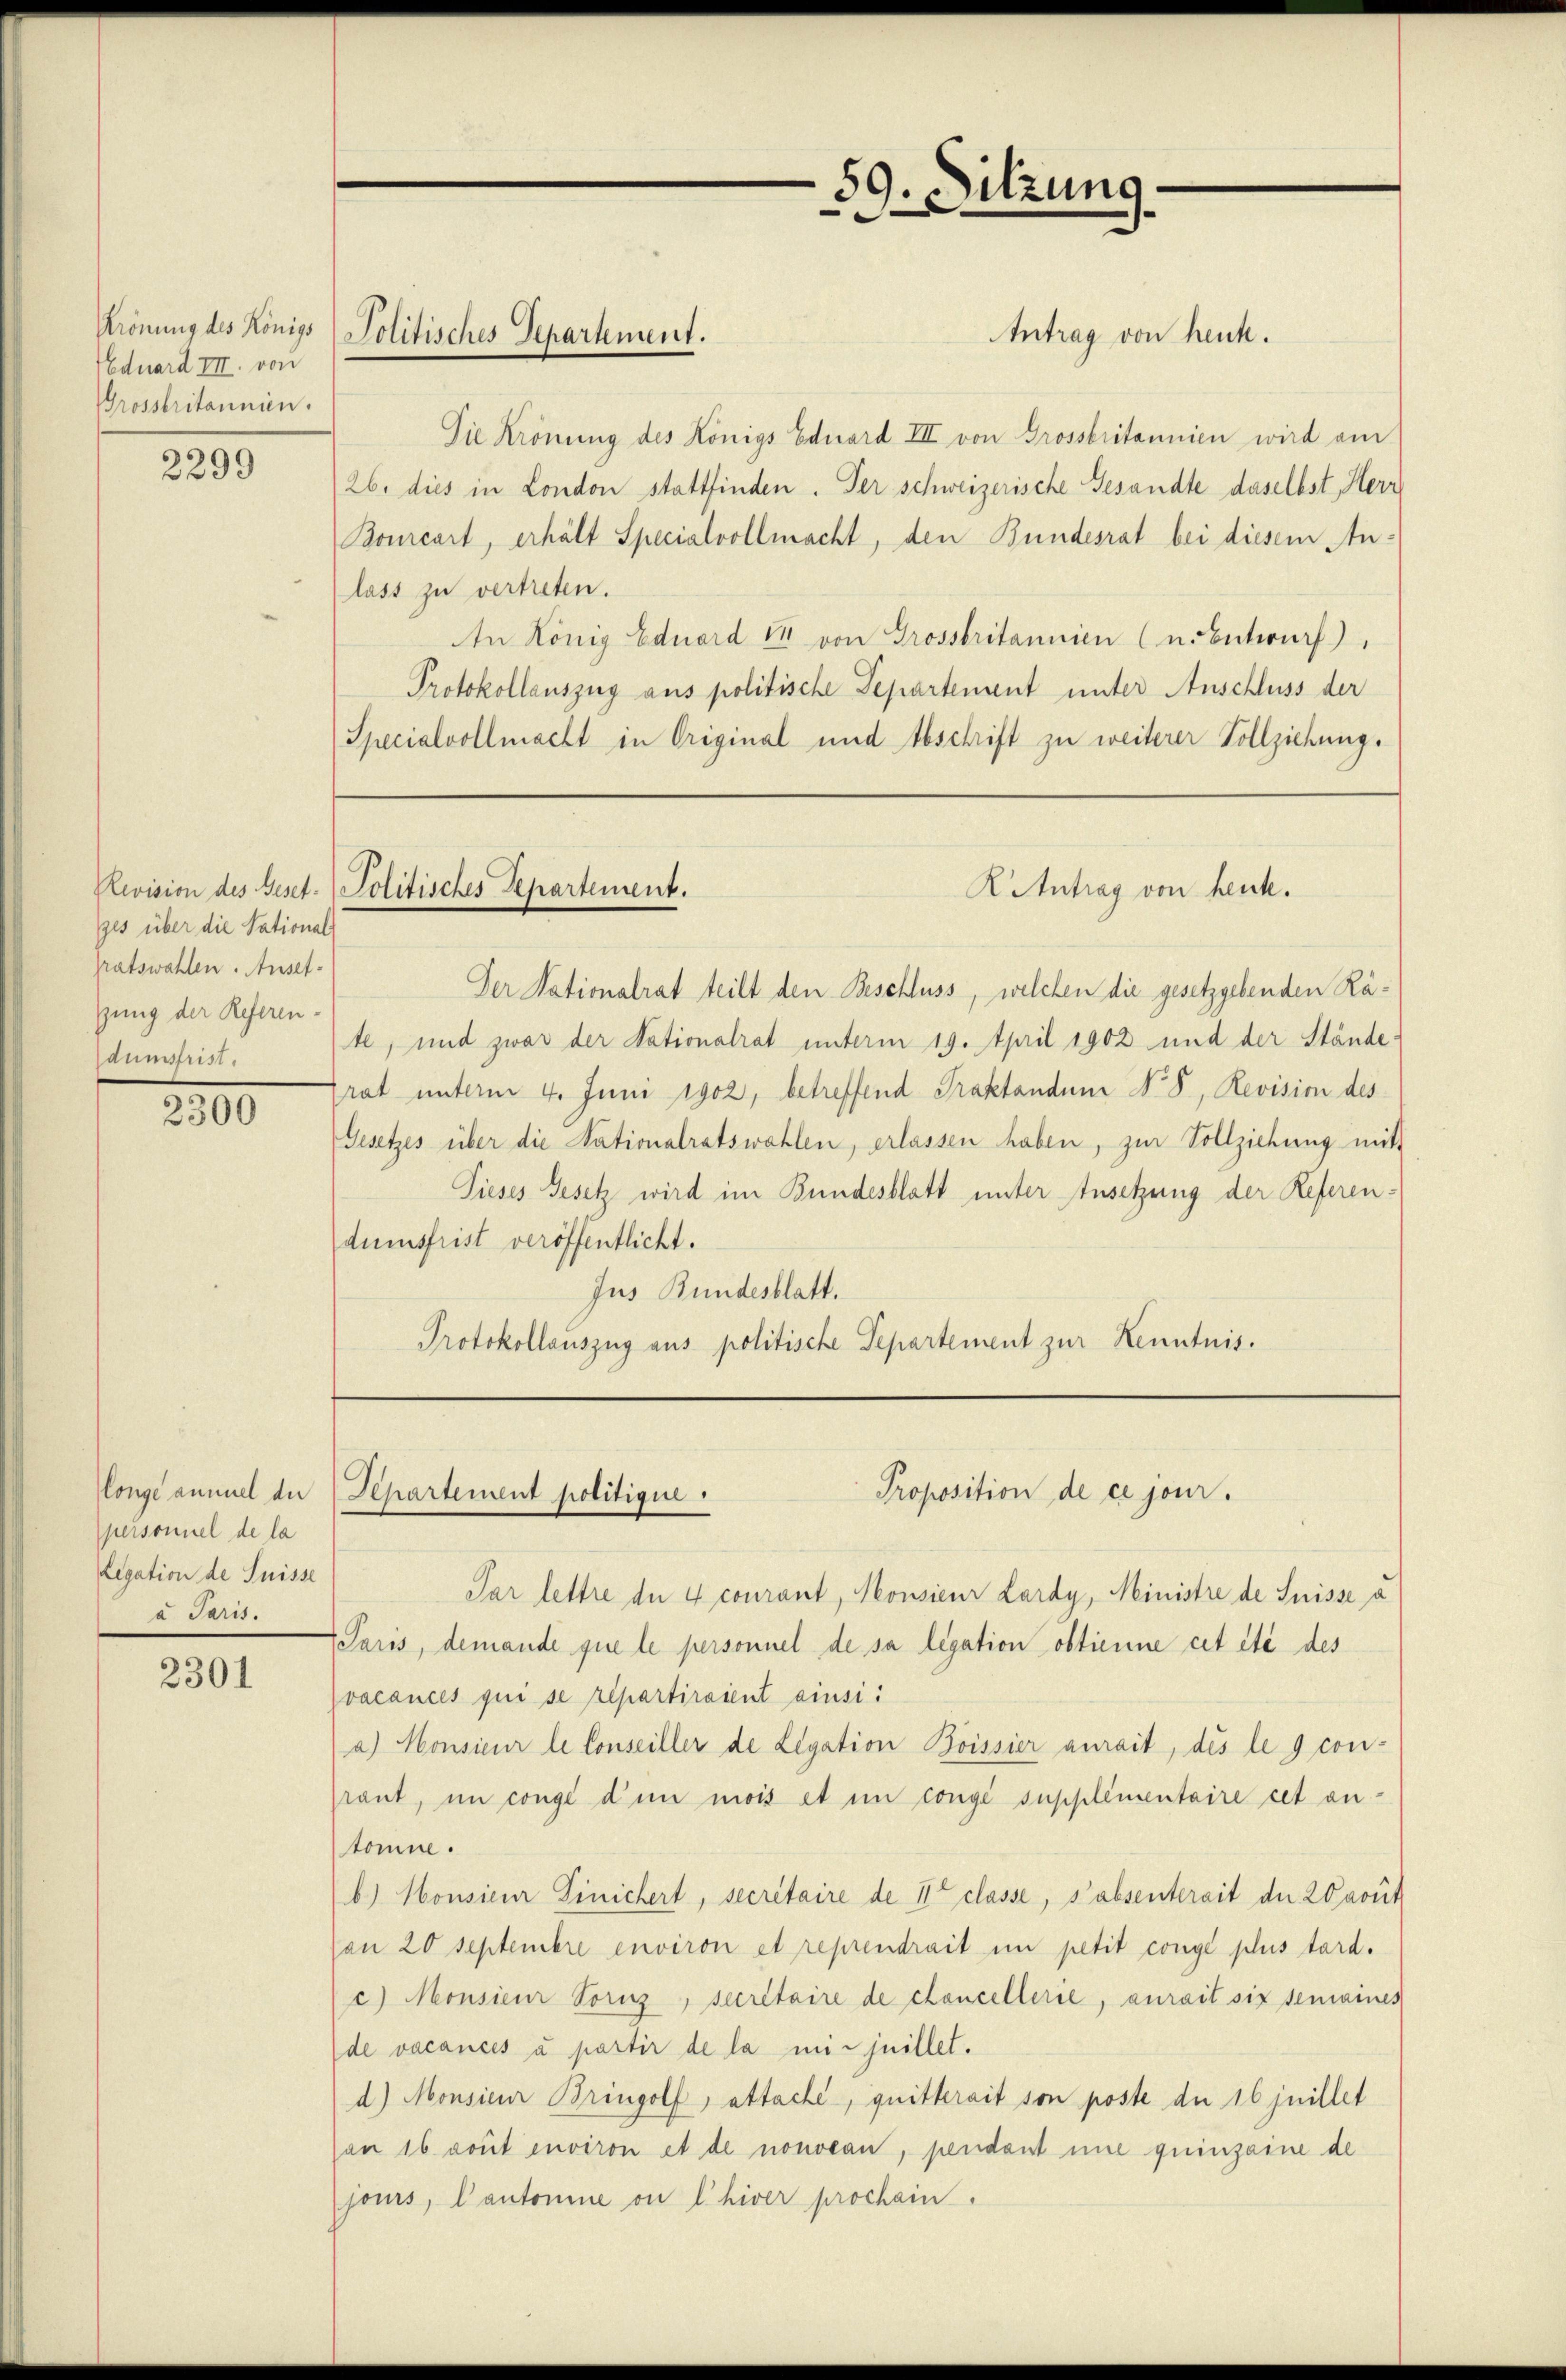
Eduard III. von
Grossbritannien.

2299

ges über die Sational
ratswahlen. Anset-
zung der Referenamus.

2300

personnel de la
Legation de Suisse
a Paris.

2301

Antrag von heut.
Die Krönung des Königs Eduard III von Grossbritannien wird am
An König Eduard 14 von Grossbritannien (u. Entwurf),
K Antrag von heut.
Revision des Geset-Politisches Repartement.
Der Nationalrat teilt den Beschluss, welchen die gesetzgebenden Räte, und zwar der Nationalrat unterm 19. April 1902 und der Ständerat unterm 4. Juni 1902, betreffend Praktanden No 5, Revision des
Gesetzes über die Nationalratswahlen, erlassen haben, zur Vollziehung mit
Pieses Gesetz wird im Bundesblatt unter Ansetzung der Referendumsfrist veröffentlicht.
Jus Bundesblatt.
Protokollauszug aus politische Separtement zur Kenntnis.

Krönung des Königs Politisches Separtement.

26. dies in London stattfinden. Der schweizerische Gesandte daselbst Herr
Bourcart, erhält Specialvollmacht, den Bundesrat bei diesem Anlass zu vertreten.
Protokollauszug aus politische Departement unter Anschluss der
Specialvollmacht in Original und Abschrift zu weiterer Vollziehung.

59. Sitzung

Proposition de ce jour.
longe annuel die Separtement politique.

Par lettre die 4 courant, Konsieur Lardy, Ministre de Suisse a
 Paris, demande que le personnel de sa legation obtienne cet été des
vacances qui se repartiraient ainsi
a) Monsieur le Conseiller de Legation Boissier aurait, des le g con-
Prant, in congé d’un mois et in congé supplementaire cet antomne.
b) Monsieur Finichert, secretaire de 11t classe, s’absenterait der 20 rout
an 20 Septembre environ et reprendrait im petit conge plus tard.
c) Monsieur Fornz, secretaire de cancellerie, aurait six semaines
de vacances à partir de la mir juillet.
d) Monsieur Bringolf, attache, quitterait son poste de 16 juillet
an 16 rout environ et de nouveau, pendant une quinzaine de
jours, Cantonine ou l’hiver prochein.